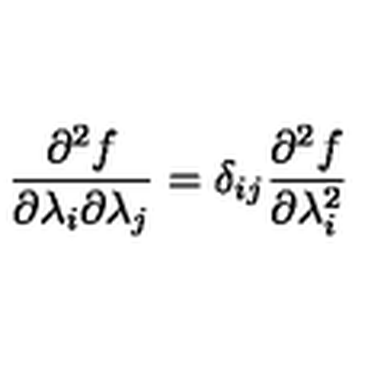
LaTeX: \frac { \partial ^ { 2 } f } { \partial \lambda _ { i } \partial \lambda _ { j } } = \delta _ { i j } \frac { \partial ^ { 2 } f } { \partial \lambda _ { i } ^ { 2 } }